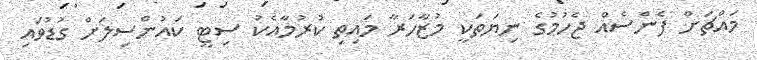
މައްޗަށް ފެންސެއް ޖެހުމުގެ ނިޔަތަކީ މުޒާހަރާ މައިތި ކުރުމާއެކު ސިޓީ ކައުންސިލަށް ގުޑުވައި